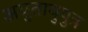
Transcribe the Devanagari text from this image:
अयुतायुपुत्र